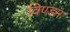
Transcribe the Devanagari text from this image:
विण्डम